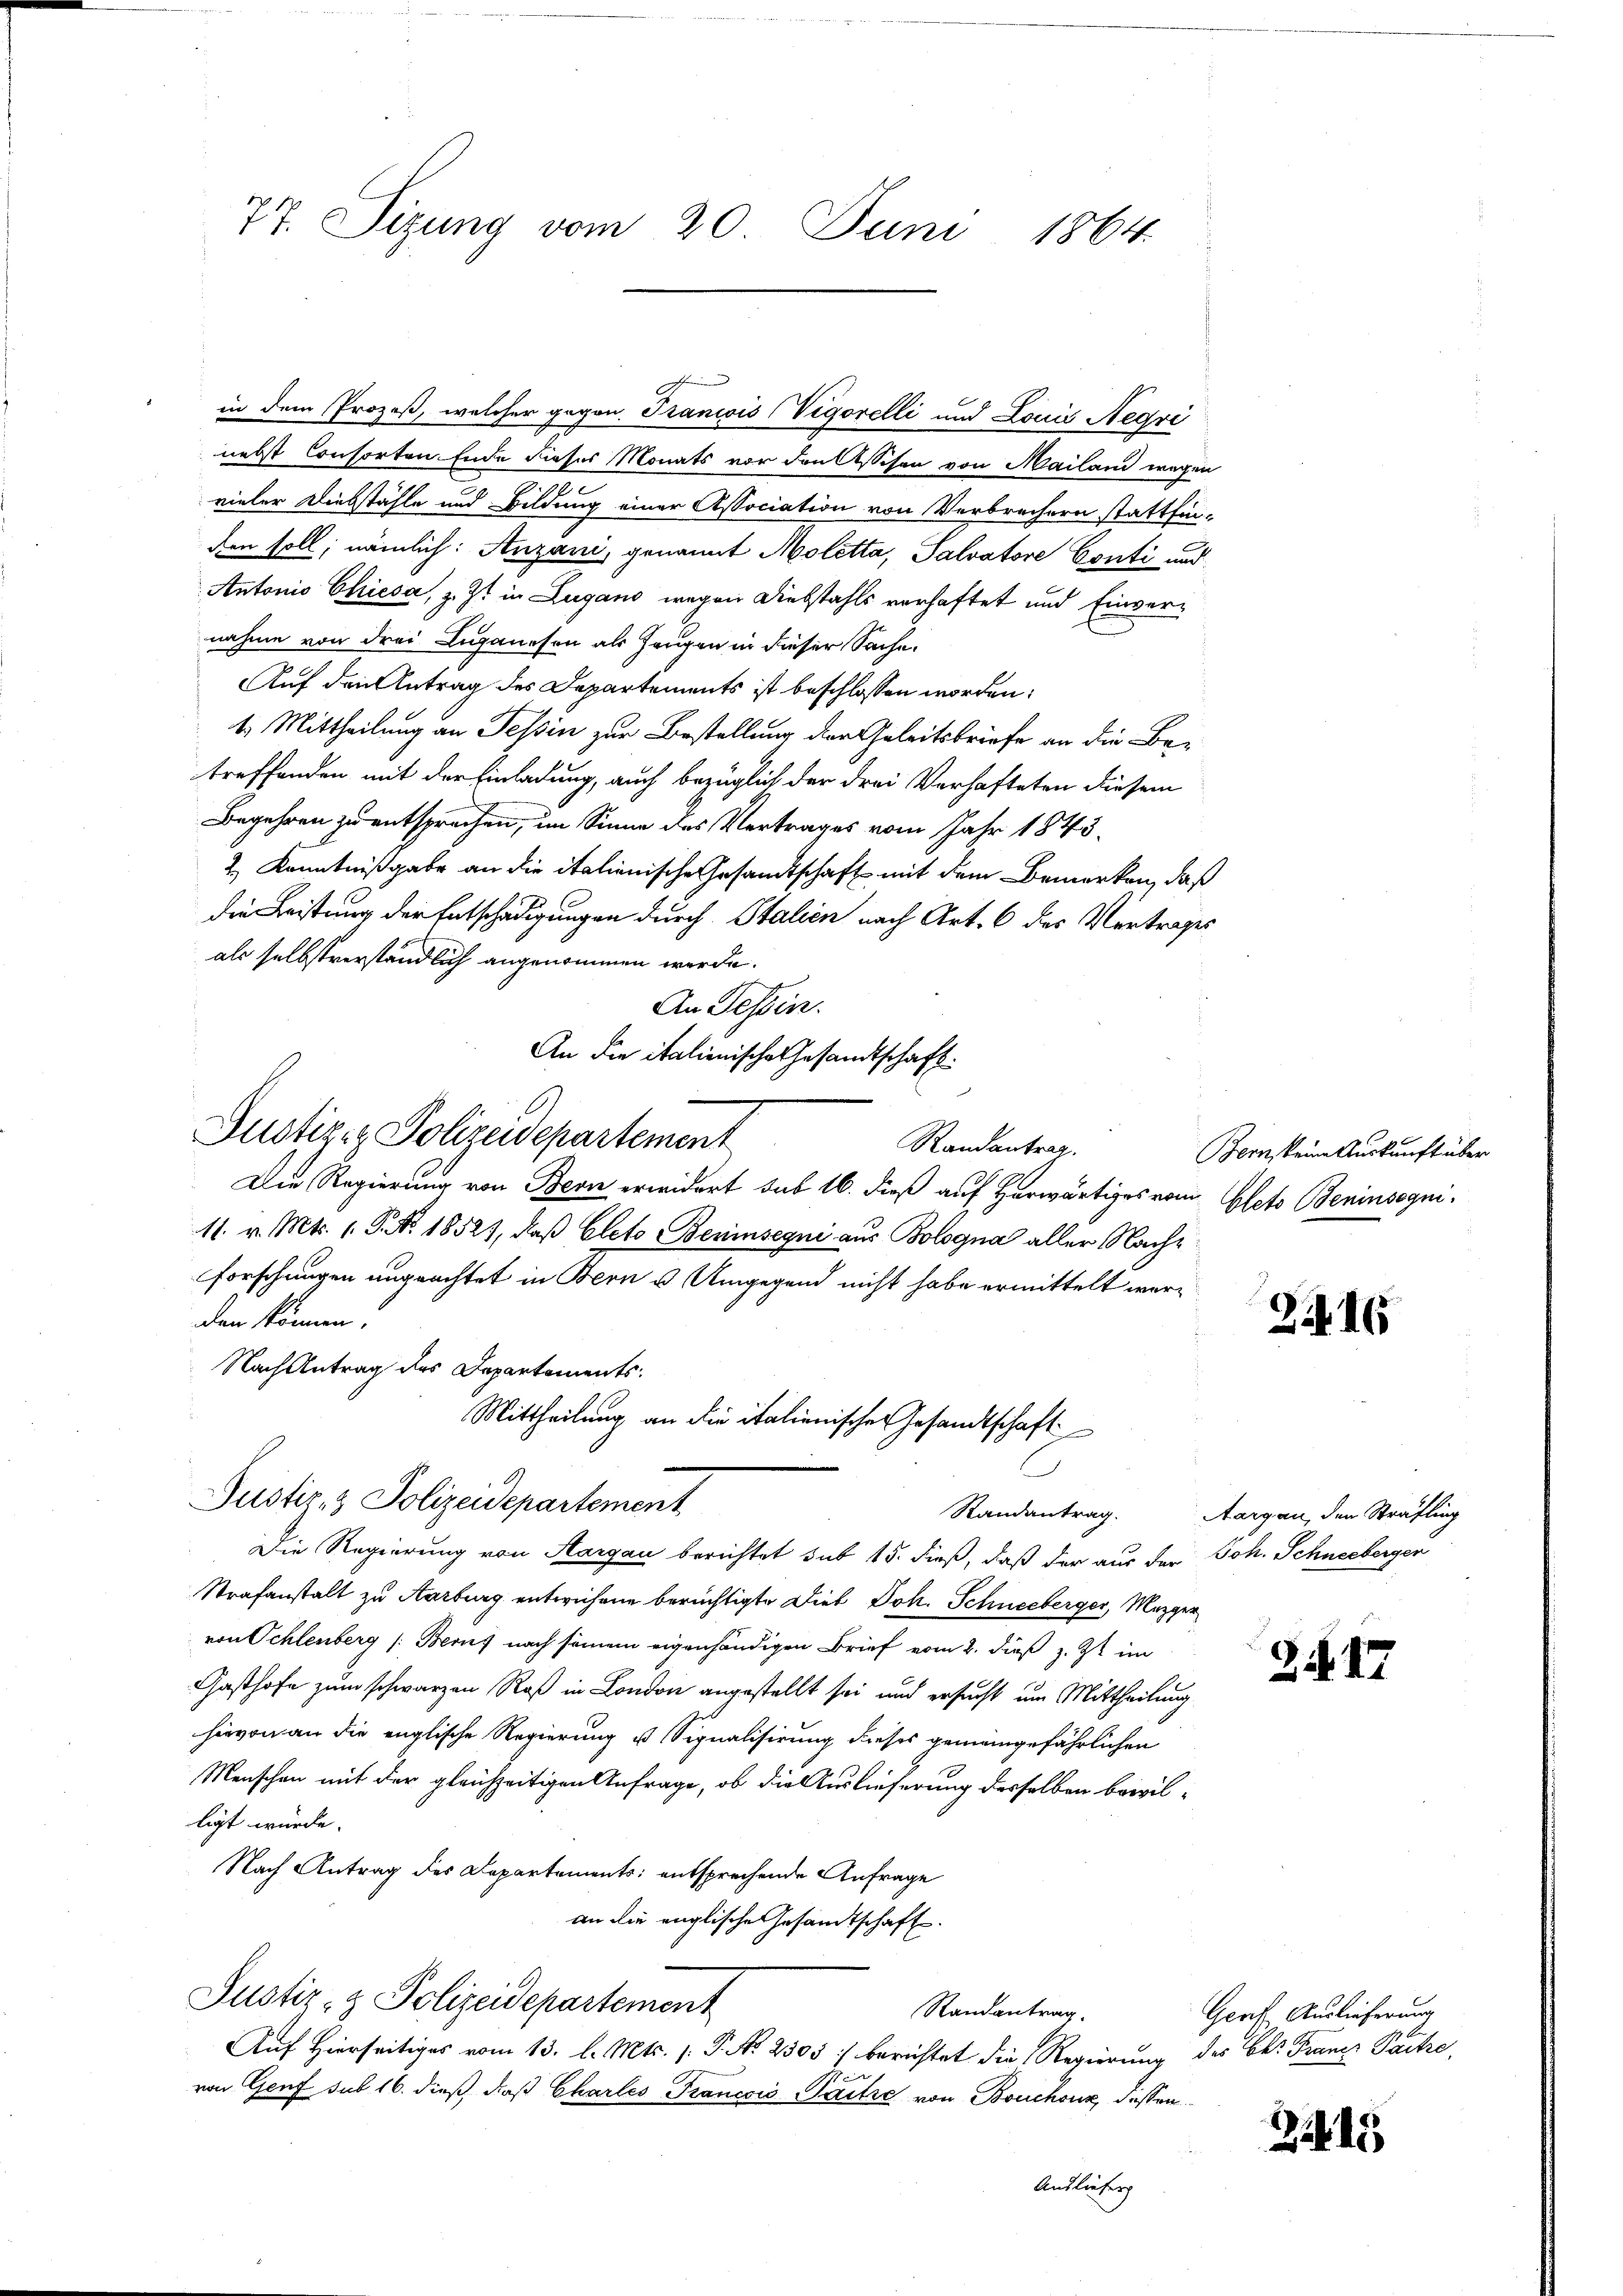
77. Sizung vom 20. Juni 1864.

in dem Prozeß, welcher gegen. Tranivis (Vigorelli und Louis Regri
nebst Consorten Ende dieses Monats vor den Cesschen von Mailand wegen
vieler Diebstähle und Bildung einer Association von Verbrechern stattfin-
den soll, nämlich: Anzani, genannt Moletta, Salvatore Conti und
Antonio Chiesa, z. Zt. in Lugano wegen Diebstahls verhaftet und Einvernahme von drei Luganesen als Zeugen in dieser Sache.
Auf den Antrag des Departements ist beschlossen worden:
1. Mittheilung an Tessin zur Bestellung der Geleitsbriefe an die Betreffenden mit der Einladung, auch bezüglich der drei Verhafteten diesem
Begehren zu entsprochen, im Sinne des Vertrages vom Jahr 1843
2.) Kenntnißgabe an die italienische Gesamtschaft mit dem Bemerken, daß
die Leistung der Entschädigungen durch Stalien nach Art. 6 des Vertrages
als selbstverständlich angenommen werde.
An Tessin.
An die italienische Gesandtschaft.
Die Regierung von Bern erwidert sub 16. dieß auf Herwärtiges vom Oleto Beninsegni¬
11. v. Mts. 1. P. Nr. 18521, daß Cleto Beninsegni aus Bologna aller Nachforschungen ungeachtet in Bern u Umgegend nicht habe ermittelt werden können.
Nach Antrag des Departements-
Mittheilung an die italienischer Gesandtschaft
Justiz- & Polizeidepartement
Randantrag.
Die Regierung von Aargau berichtet sub 15. dieß, daß der aus der Joh. Schneebergen
Strafanstalt zu Karburg entwichene berüchtigte Dieb Joh. Schneeberger, Mezger
von Schlenberg /: Berns nach seinem eigenhändigen Brief vom 2. dieß z. Zt. im
Gasthofe zum schwarzen Roß in London angestellt sei und ersucht um Mittheilung
hievon an die englische Regierung ist Signalisirung dieses gemeingefährlichen
Menschen mit der gleichzeitigen Anfrage, ob die Auslieferung desselben bewilligt würde.
Nach Antrag des Departements: entsprechende Anfrage
an die englische Gesandtschaft.
Justiz- & Polizeidepartement
Randantrag.
Auf Hierseitiges vom 13. l. Mts. (: P. Nr. 2503 :/ berichtet die Regierung des k. Franz Paitre,
von Genf sub 16. dieß, daß Chartes Francois-Paitze von Bouchoux, dessen
Ausliefer

A
Justizen Polizeidepartement

h

Randantrag.

Bern, keine Auskunft über

246

Aargau, den Sträfling

317

Gerf. Auslieferung

215